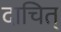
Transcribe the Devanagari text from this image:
दाचित्